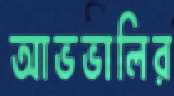
আভভালির